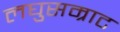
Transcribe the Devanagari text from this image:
लघुसम्राट